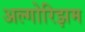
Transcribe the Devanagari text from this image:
अल्गोरिझम